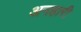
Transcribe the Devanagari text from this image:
अनहारी